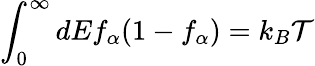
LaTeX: \int_{0}^{\infty}dEf_{\alpha}(1-f_{\alpha})=k_{B}\mathcal{T}